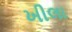
ખીલા